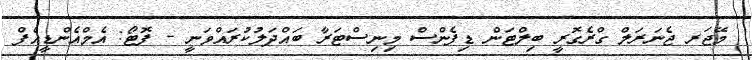
މޭޖަރ ޖެނަރަލް ގްރެގޮރީ ބިލްޓަން ޑިފެންސް މިނިސްޓަރާ ބައްދަލުކުރައްވަނީ - ފޮޓޯ: އެމްއެންޑީއެފް